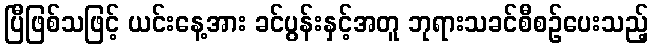
ပြီဖြစ်သဖြင့် ယင်းနေ့အား ခင်ပွန်းနှင့်အတူ ဘုရားသခင်စီစဉ်ပေးသည့်